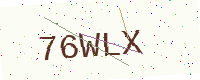
Text: 76WLX